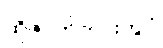
ထိုဇာတ်ကားတွင်